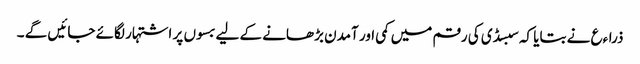
ذراءع نے بتایا کہ سبسڈی کی رقم میں کمی اور آمدن بڑھانے کے لیے بسوں پر اشتہار لگائے جائیں گے ۔